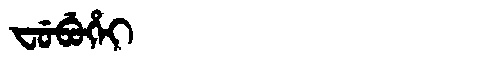
Manchu: ᠸᡠᠪᡠᡥᡝᡳ
Romanization: FUBUHEI